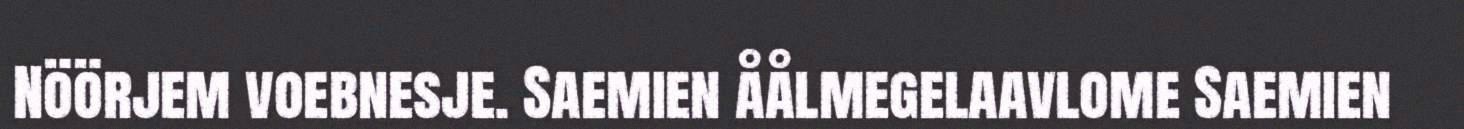
Nöörjem voebnesje. Saemien åålmegelaavlome Saemien